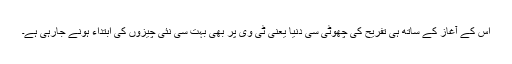
اس کے آغاز کے ساتھ ہی تفریح کی چھوٹی سی دنیا یعنی ٹی وی پر بھی بہت سی نئی چیزوں کی ابتداء ہونے جارہی ہے۔